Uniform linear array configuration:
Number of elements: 12
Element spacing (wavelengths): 0.25
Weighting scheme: uniform
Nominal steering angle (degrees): -45
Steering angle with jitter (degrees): -44.932
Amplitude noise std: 0.05
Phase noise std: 0.05

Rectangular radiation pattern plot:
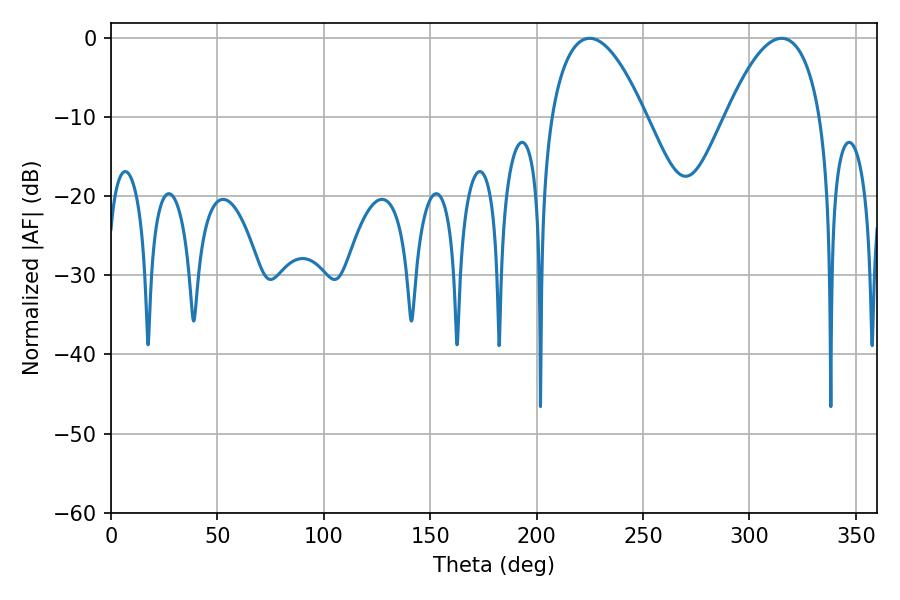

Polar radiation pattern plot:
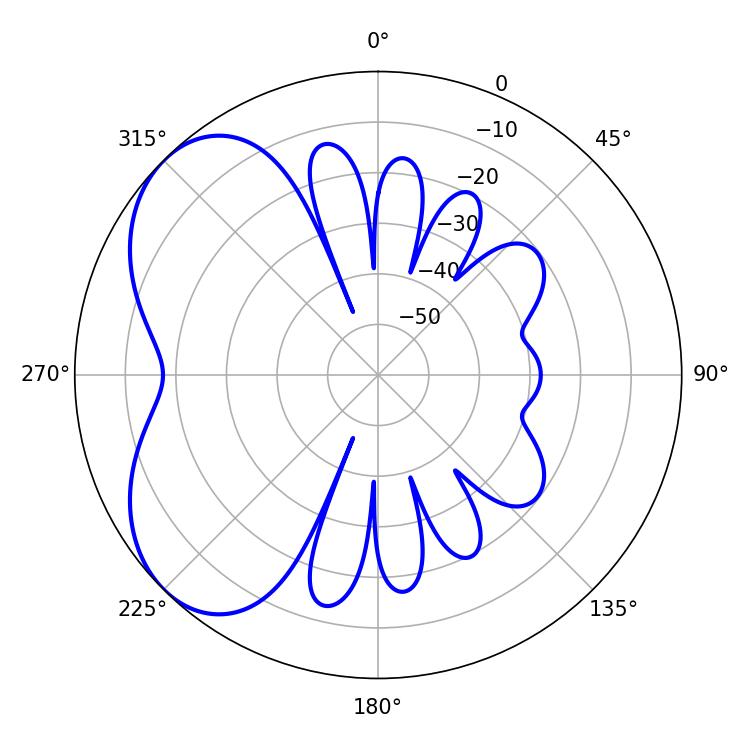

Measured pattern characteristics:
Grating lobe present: FALSE
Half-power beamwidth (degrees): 24.48
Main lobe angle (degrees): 224.82